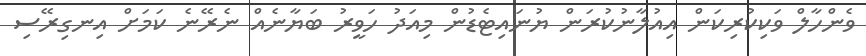
ވެންހާލް ވަކިކުރިކަން އިއުލާނުކުރަން ޔުނައިޓެޑުން މިއަދު ހަވީރު ބަޔާނެއް ނެރޭނެ ކަމަށް އިނގިރޭސި